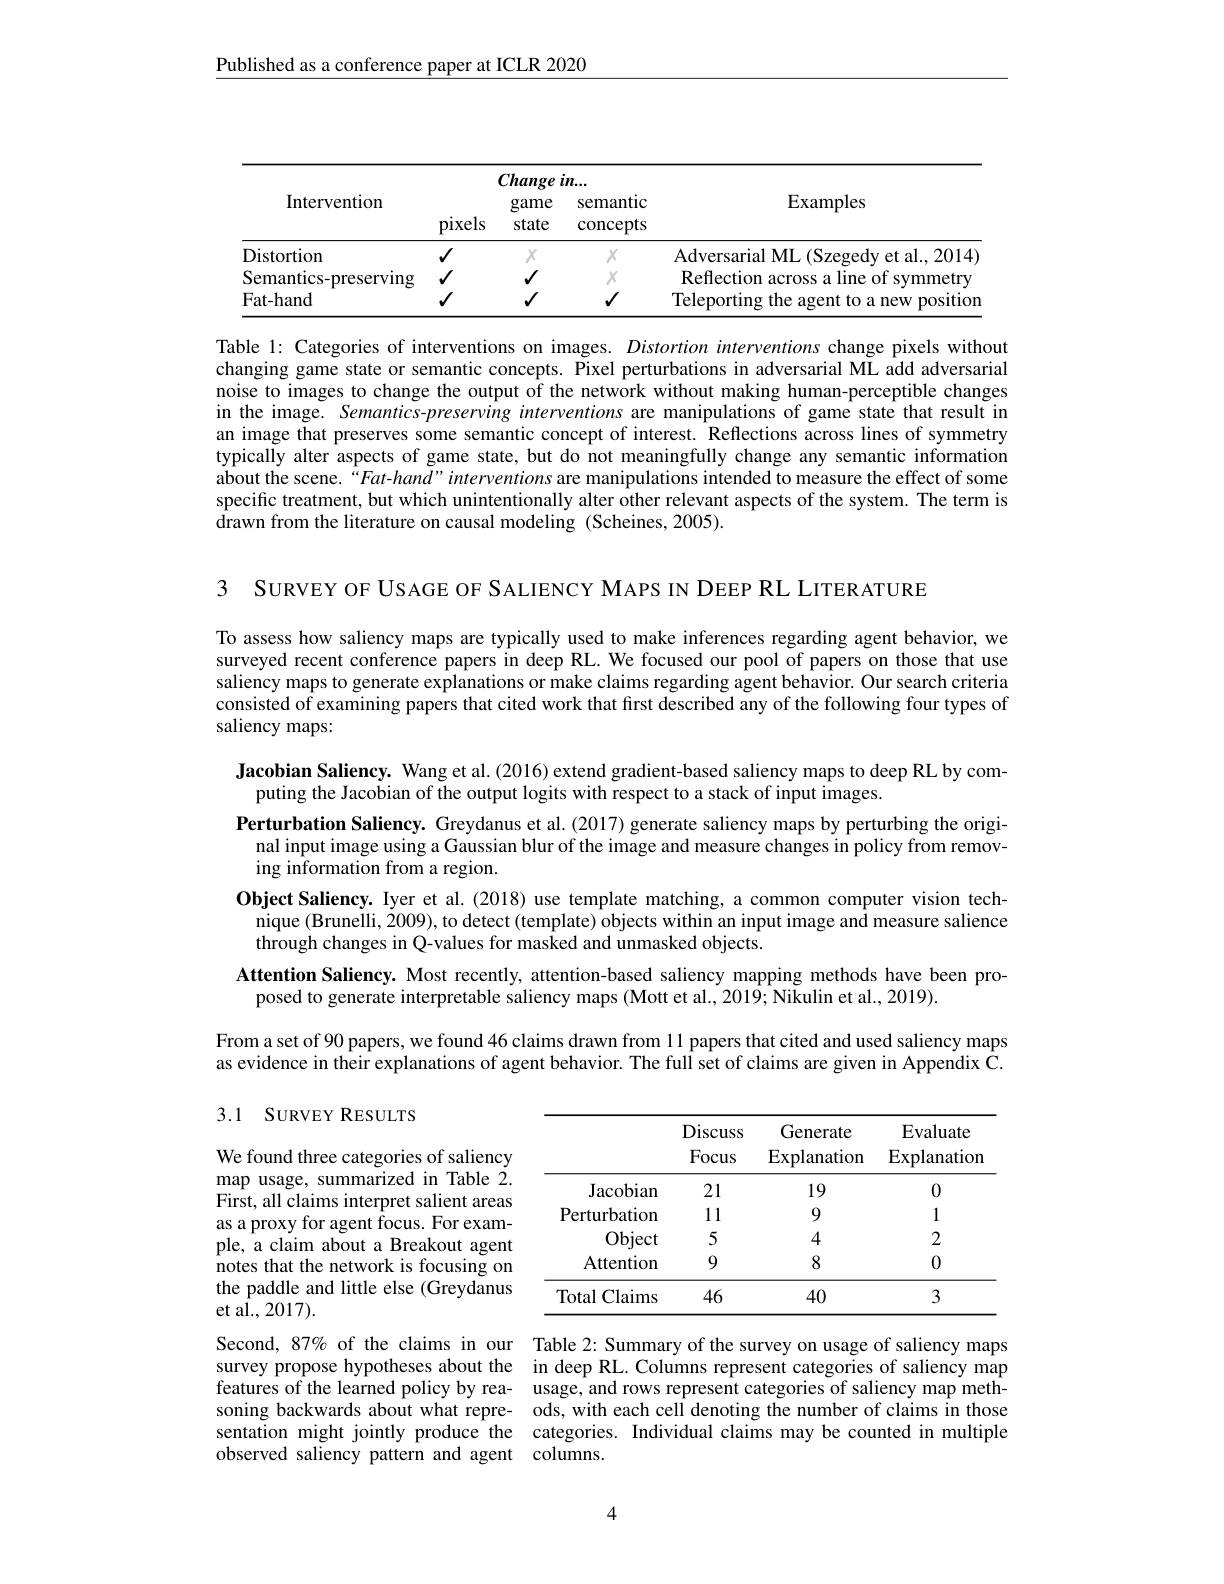
Published as a conference paper at ICLR 2020

<table>
	<tbody>
		<tr>
			<th rowspan="2">Intervention</th>
			<th colspan="3">Change in...</th>
			<th> </th>
		</tr>
		<tr>
			<th>pixels</th>
			<th>game state</th>
			<th>semantic $\operatorname{concepts}$</th>
			<th>$\operatorname{Examples}$</th>
		</tr>
		<tr>
			<td>Distortion</td>
			<td>$√$</td>
			<td>$X$</td>
			<td>$X$</td>
			<td>Adversarial ML ( Szegedy et al. , 2014) </td>
		</tr>
		<tr>
			<td>Semantics-preserving</td>
			<td>$√$</td>
			<td>$\checkmark$</td>
			<td>$X$</td>
			<td>Reflection across a line of symmetry</td>
		</tr>
		<tr>
			<td>Fat-hand</td>
			<td>$√$</td>
			<td>$\checkmark$</td>
			<td>$√$</td>
			<td>Teleporting the agent to a new position</td>
		</tr>
	</tbody>
</table>

Table 1: Categories of interventions on images. Distortion interventions change pixels without changing game state or semantic concepts. Pixel perturbations in adversarial ML add adversarial noise to images to change the output of the network without making human-perceptible changes in the image. Semantics-preserving interventions are manipulations of game state that result in an image that preserves some semantic concept of interest. Reflections across lines of symmetry typically alter aspects of game state, but do not meaningfully change any semantic information about the scene.“Fat-hand”interventions are manipulations intended to measure the effect of some specific treatment, but which unintentionally alter other relevant aspects of the system. The term is drawn from the literature on causal modeling (Scheines, 2005).

3 SURVEY OF USAGE OF SALIENCY MAPS IN DEEP RL LITERATURE

To assess how saliency maps are typically used to make inferences regarding agent behavior, we surveyed recent conference papers in deep RL. We focused our pool of papers on those that use saliency maps to generate explanations or make claims regarding agent behavior. Our search criteria consisted of examining papers that cited work that first described any of the following four types of saliency maps:

Jacobian Saliency. Wang et al.(2016) extend gradient-based saliency maps to deep RL by com-
puting the Jacobian of the output logits with respect to a stack of input images.
Perturbation Saliency. Greydanus et al.(2017) generate saliency maps by perturbing the original input image using a Gaussian blur of the image and measure changes in policy from removing information from a region.
Object Saliency. Iyer et al.(2018) use template matching, a common computer vision tech-
nique (Brunelli, 2009), to detect (template) objects within an input image and measure salience
through changes in Q-values for masked and unmasked objects.
Attention Saliency. Most recently, attention-based saliency mapping methods have been pro-
posed to generate interpretable saliency maps (Mott et al., 2019; Nikulin et al., 2019).

From a set of 90 papers, we found 46 claims drawn from 11 papers that cited and used saliency maps

as evidence in their explanations of agent behavior. The full set of claims are given in Appendix C.

## 3.1 SURVEY RESULTS

<table>
	<tbody>
		<tr>
			<th> </th>
			<th>Discuss Focus</th>
			<th>Generate $\operatorname{Explanation}$</th>
			<th>Evaluate $\operatorname{Explanation}$</th>
		</tr>
		<tr>
			<th> </th>
			<th>Discuss Focus</th>
			<th>Generate $\operatorname{Explanation}$</th>
			<th>Evaluate $\operatorname{Explanation}$</th>
		</tr>
		<tr>
			<td>${\mathrm{Jacobian}}$</td>
			<td>21</td>
			<td>19</td>
			<td>0</td>
		</tr>
		<tr>
			<td>Perturbation</td>
			<td>11</td>
			<td>9</td>
			<td>1</td>
		</tr>
		<tr>
			<td>Object</td>
			<td>5</td>
			<td>4</td>
			<td>2</td>
		</tr>
		<tr>
			<td>Attention</td>
			<td>9</td>
			<td>8</td>
			<td>0</td>
		</tr>
		<tr>
			<td>Total Claims 1</td>
			<td>46</td>
			<td>40</td>
			<td>3</td>
		</tr>
	</tbody>
</table>

We found three categories of saliency $\operatorname*{map}_{\nabla^{\prime}}$usage, summarized in Table $\tilde{2}.$ First, all claims interpret salient areas as a proxy for agent focus. For example, a claim about a Breakout agent notes that the network is focusing on the paddle and little else (Greydanus et al., 2017).
Second, 87% of the claims in our Table 2: Summary of the survey on usage of saliency maps survey propose hypotheses about the in deep RL. Columns represent categories of saliency map features of the learned policy by rea- usage, and rows represent categories of saliency map methsoning backwards about what repre- ods, with each cell denoting the number of claims in those sentation might jointly produce the categories. Individual claims may be counted in multiple observed saliency pattern and agent columns.

4